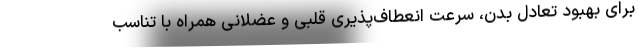
برای بهبود تعادل بدن، سرعت انعطاف‌پذیری قلبی و عضلانی همراه با تناسب